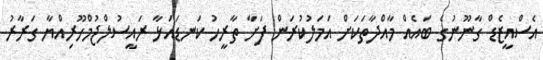
އެސްއީޒެޑް ގާނޫނުގެ ބައެއް މާއްދާތަކަށް އަމަލުކުރަން ފަށާ ތާރީހު ކަނޑައަޅާ ރައީސުލްޖުމްހޫރިއްޔާ ގަރާރު